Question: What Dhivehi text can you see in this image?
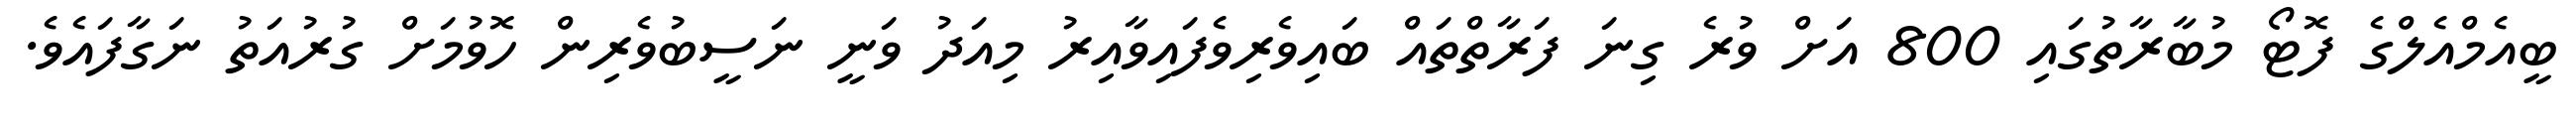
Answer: ބީއެމްއެލްގެ ފޮޓޯ މުބާރާތުގައި 800 އަށް ވުރެ ގިނަ ފަރާތްތައް ބައިވެރިވެފައިވާއިރު މިއަދު ވަނީ ނަސީބުވެރިން ހޮވުމަށް ގުރުއަތު ނަގާފައެވެ.